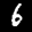
Label: 6